Annual report of the Punjab Veterinary College and of the Civil Veterinary Department, Punjab - 1894-1908
Year: 1894
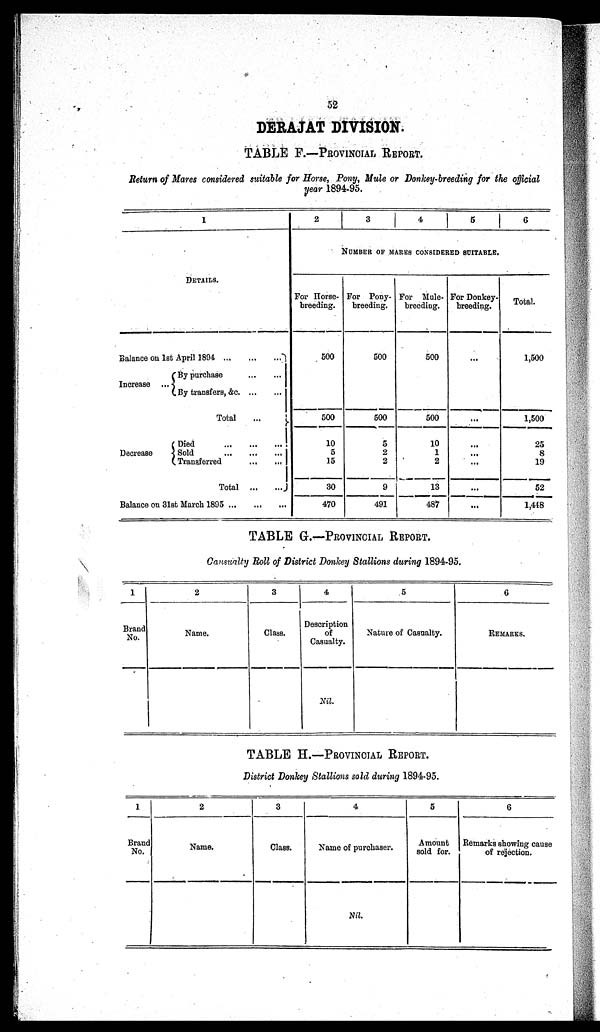
52
DERAJAT DIVISION.
TABLE F.—PROVINCIAL REPORT.
Return of Mares considered suitable for Horse, Pony, Mule or Donkey-breeding for the official
year 1894-95.
1
DETAILS.
Balance on 1st April 1894
...
...
Increase
Decrease
By
purchase ......
By transfers, &c. ...
Total ...
Died
...
...
Sold
...
...
Transferred ...
Total ...
Balance on 31st March 1895 ... ...
2
3
4
5
6
NUMBER OF MARES CONSIDERED SUITABLE.
For Horse-
breeding.
500
500
10
5
15
30
470
For Pony-
breeding.
500
500
5
2
2
9
491
For Mule-
breeding.
500
500
10
1
2
13
487
For Donkey-
breeding.
...
...
...
...
...
1,500
1,500
25
8
19
52
1,448
TABLE G.—PROVINCIAL REPORT.
Causualty Roll of District Donkey Stallions during 1894-95.
1
Brand
No.
2
Name.
3
Class.
4
Description
of
Casualty.
Nil.
5
Nature of Casualty.
6
REMARKS.
TABLE H.—PROVINCIAL REPORT.
District Donkey Stallions sold during 1894-95.
1
Brand
No.
2
Name.
3
Class.
4
Name of purchaser.
Nil.
5
Amount
sold for.
6
Remarks showing cause
of rejection.